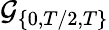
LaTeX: \mathcal{G}_{\{ 0,T/2,T\} }